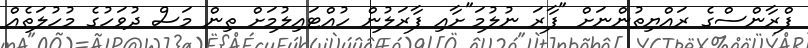
ފްރާންސްގެ ރައްޔިތުންނަށް "ފާރަ ނުލުމަ"ށާއި ފާރަލުން ހުއްޓައިލުމަށް ތިން މަސް ދުވަހުގެ މުހުލަތެއް